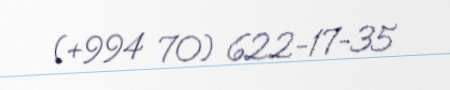
(+994 70) 622-17-35